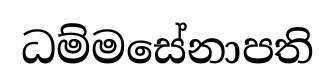
ධම්මසේනාපති